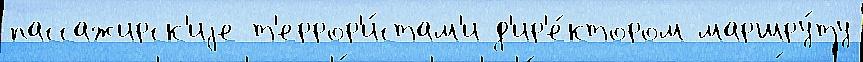
пассажирск'иjе т'еррор'и́стам'и д'ир'е́ктором маршру́ту